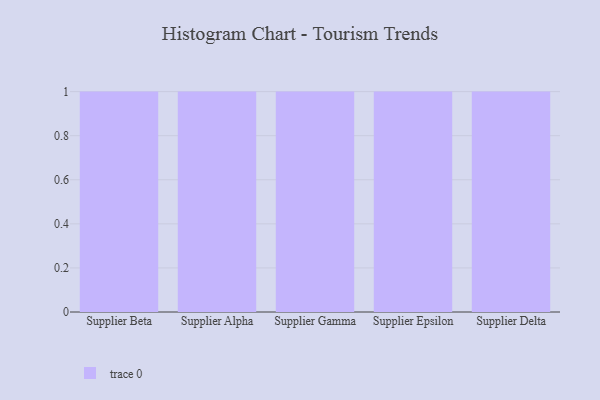
{"axis": {"x": "Supplier", "y": "Revenue (USD Million)"}, "legend": [""], "data": [{"x": "Supplier Beta", "y": 70, "type": ""}, {"x": "Supplier Alpha", "y": 5, "type": ""}, {"x": "Supplier Gamma", "y": 26, "type": ""}, {"x": "Supplier Epsilon", "y": 72, "type": ""}, {"x": "Supplier Delta", "y": 30, "type": ""}]}